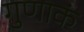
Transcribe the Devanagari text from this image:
गुणाकं